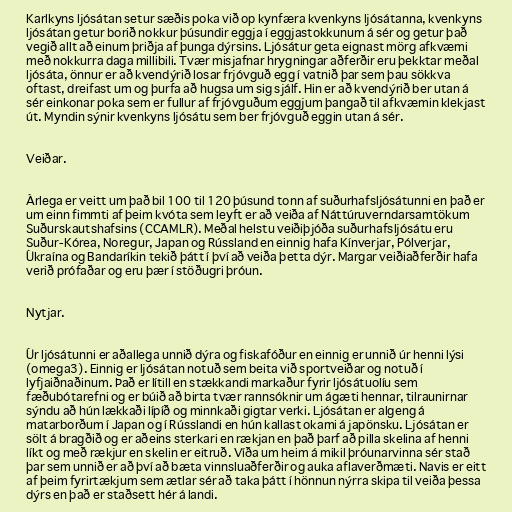
Karlkyns ljósátan setur sæðis poka við op kynfæra kvenkyns ljósátanna, kvenkyns
ljósátan getur borið nokkur þúsundir eggja í eggjastokkunum á sér og getur það
vegið allt að einum þriðja af þunga dýrsins. Ljósátur geta eignast mörg afkvæmi
með nokkurra daga millibili. Tvær misjafnar hrygningar aðferðir eru þekktar meðal
ljósáta, önnur er að kvendýrið losar frjóvguð egg í vatnið þar sem þau sökkva
oftast, dreifast um og þurfa að hugsa um sig sjálf. Hin er að kvendýrið ber utan á
sér einkonar poka sem er fullur af frjóvguðum eggjum þangað til afkvæmin klekjast
út. Myndin sýnir kvenkyns ljósátu sem ber frjóvguð eggin utan á sér.

Veiðar.

Árlega er veitt um það bil 100 til 120 þúsund tonn af suðurhafsljósátunni en það er
um einn fimmti af þeim kvóta sem leyft er að veiða af Náttúruverndarsamtökum
Suðurskautshafsins (CCAMLR). Meðal helstu veiðiþjóða suðurhafsljósátu eru
Suður-Kórea, Noregur, Japan og Rússland en einnig hafa Kínverjar, Pólverjar,
Úkraína og Bandaríkin tekið þátt í því að veiða þetta dýr. Margar veiðiaðferðir hafa
verið prófaðar og eru þær í stöðugri þróun.

Nytjar.

Úr ljósátunni er aðallega unnið dýra og fiskafóður en einnig er unnið úr henni lýsi
(omega3). Einnig er ljósátan notuð sem beita við sportveiðar og notuð í
lyfjaiðnaðinum. Það er lítill en stækkandi markaður fyrir ljósátuolíu sem
fæðubótarefni og er búið að birta tvær rannsóknir um ágæti hennar, tilraunirnar
sýndu að hún lækkaði lípíð og minnkaði gigtar verki. Ljósátan er algeng á
matarborðum í Japan og í Rússlandi en hún kallast okami á japönsku. Ljósátan er
sölt á bragðið og er aðeins sterkari en rækjan en það þarf að pilla skelina af henni
líkt og með rækjur en skelin er eitruð. Víða um heim á mikil þróunarvinna sér stað
þar sem unnið er að því að bæta vinnsluaðferðir og auka aflaverðmæti. Navis er eitt
af þeim fyrirtækjum sem ætlar sér að taka þátt í hönnun nýrra skipa til veiða þessa
dýrs en það er staðsett hér á landi.